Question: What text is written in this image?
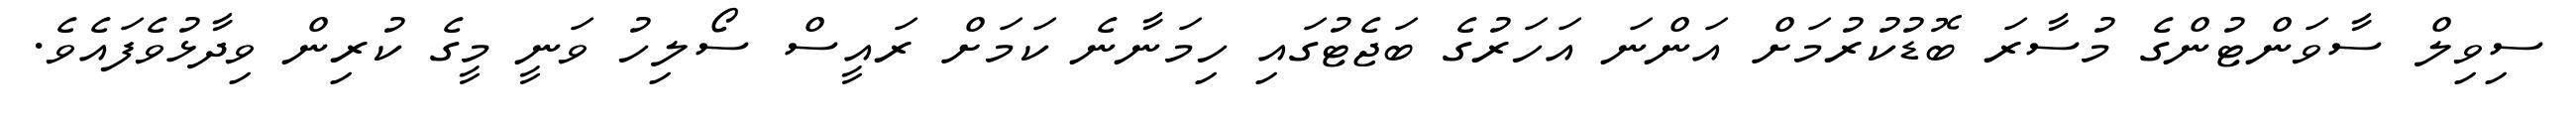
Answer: ސިވިލް ސާވަންޓުންގެ މުސާރަ ބޮޑުކުރުމަށް އަންނަ އަހަރުގެ ބަޖެޓުގައި ހިމަނާނެ ކަމަށް ރައީސް ސޯލިހު ވަނީ މީގެ ކުރިން ވިދާޅުވެފައެވެ.